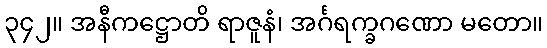
၃၄၂။ အနီကဋ္ဌောတိ ရာဇူနံ၊ အင်္ဂရက္ခဂဏော မတော။